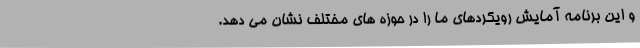
و این برنامه آمایش رویکردهای ما را در حوزه های مختلف نشان می دهد.